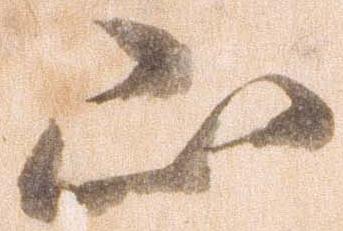
山